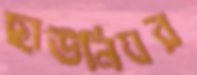
ছাউনিঘর